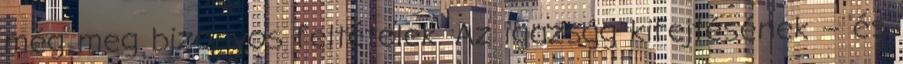
még meg bizonyos fel­tételek. Az igazság ki­fejtésének – és